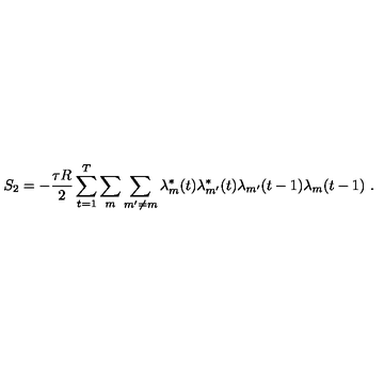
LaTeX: S _ { 2 } = - \frac { \tau R } { 2 } \sum _ { t = 1 } ^ { T } \sum _ { m } \sum _ { m ^ { \prime } \neq m } \lambda _ { m } ^ { * } ( t ) \lambda _ { m ^ { \prime } } ^ { * } ( t ) \lambda _ { m ^ { \prime } } ( t - 1 ) \lambda _ { m } ( t - 1 ) \ .